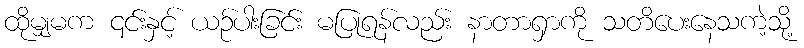
ထိုမျှမက ၎င်းနှင့် ယဉ်ပါးခြင်း မပြုရန်လည်း နာတာရှာကို သတိပေးနေသကဲ့သို့